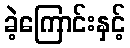
ခဲ့ကြောင်းနှင့်